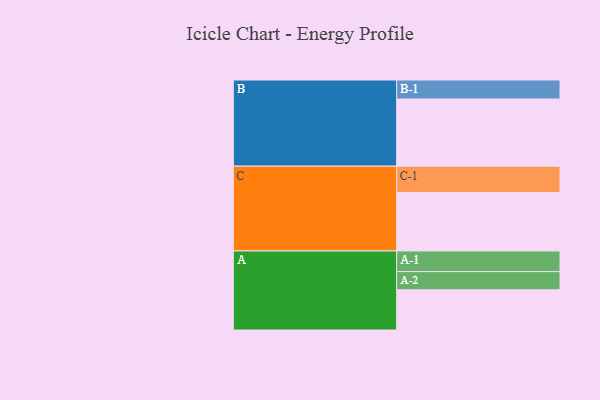
{"axis": {"x": "Segment", "y": "Value"}, "legend": ["", "A", "B", "C"], "data": [{"x": "A", "y": 343, "type": ""}, {"x": "B", "y": 573, "type": ""}, {"x": "C", "y": 498, "type": ""}, {"x": "A-1", "y": 176, "type": "A"}, {"x": "A-2", "y": 155, "type": "A"}, {"x": "B-1", "y": 162, "type": "B"}, {"x": "C-1", "y": 225, "type": "C"}]}